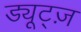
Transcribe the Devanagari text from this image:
ड्यूट्ज़